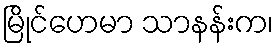
မြိုင်ဟေမာ သာနန်းက၊